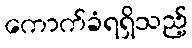
ကောက်ခံရရှိသည့်